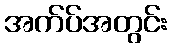
အက်ပ်အတွင်း